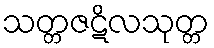
သတ္တဇဋိလသုတ္တ